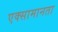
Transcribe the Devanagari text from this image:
एक्सामानता